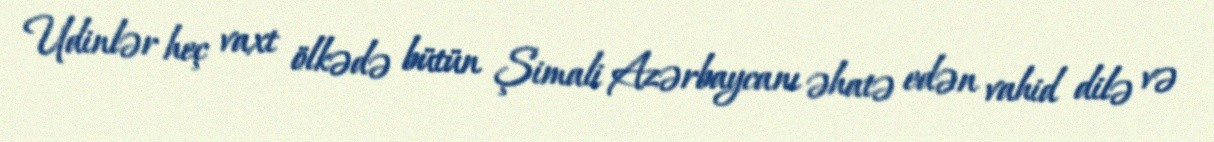
Udinlər heç vaxt ölkədə bütün Şimali Azərbaycanı əhatə edən vahid dilə və